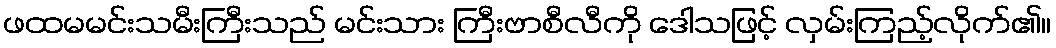
ဖထမမင်းသမီးကြီးသည် မင်းသား ကြီးဗာစီလီကို ဒေါသဖြင့် လှမ်းကြည့်လိုက်၏။